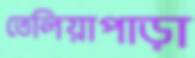
তেলিয়াপাড়া